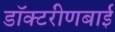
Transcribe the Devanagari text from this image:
डॉक्टरीणबाई